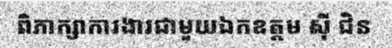
ពិភាក្សាការងារជាមួយឯកឧត្តម ស៊ី ជិន